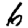
Digit: 6